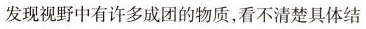
发现视野中有许多成团的物质，看不清楚具体结